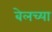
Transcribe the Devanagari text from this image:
बेलच्या